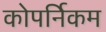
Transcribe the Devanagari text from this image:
कोपर्निकम